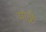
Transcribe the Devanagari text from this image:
माळे